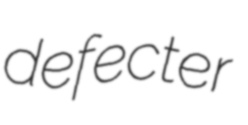
defecter